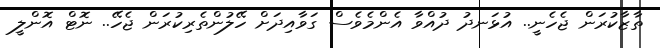
ތާޒާކުރަން ޖެހެނީ.. އުޅަނދު ދުއްވާ އެންމެވެސް ގަވާއިދަށް ހޭލުންތެރިކުރަން ޖެހޭ.. ނޮޓް އޮންލީ